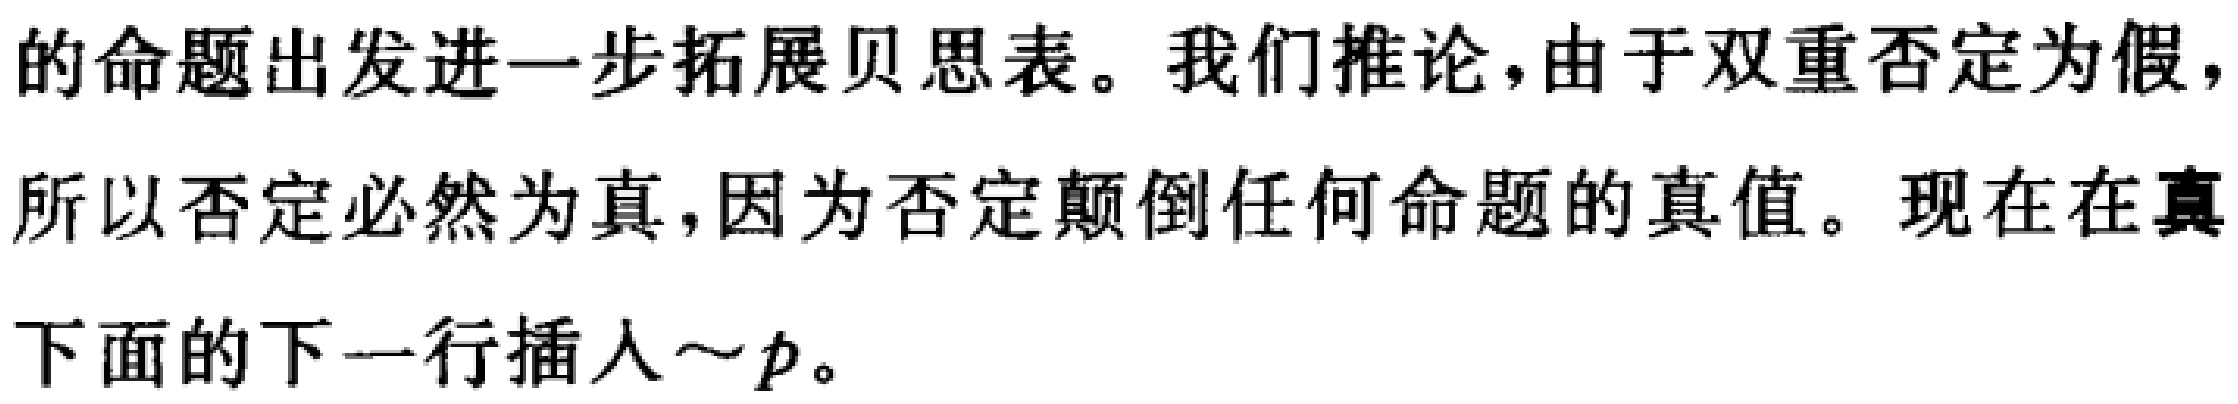
的命题出发进一步拓展贝思表。我们推论，由于双重否定为假，所以否定必然为真，因为否定颠倒任何命题的真值。现在在真下面的下一行插入\(\sim p\)。